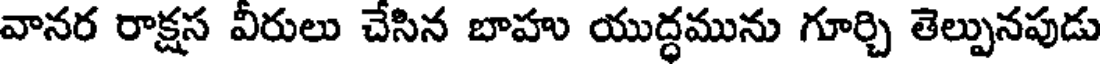
వానర రాక్షస వీరులు చేసిన బాహు యుద్ధమును గూర్చి తెల్పునపుడు